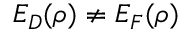
E _ { D } ( \rho ) \neq E _ { F } ( \rho )